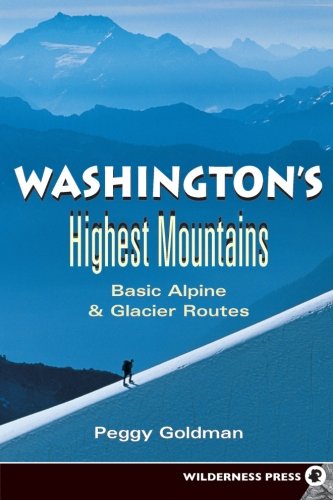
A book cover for Washington's Highest Mountains: Basic Alpine and Glacier Routes; Peggy Goldman; Sports & Outdoors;